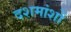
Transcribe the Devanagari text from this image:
दशमांशों